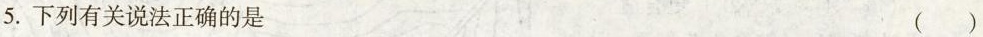
5.下列有关说法正确的是 ( )